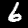
Label: 6